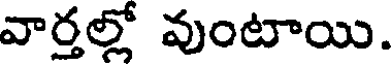
వార్తల్లో వుంటాయి.